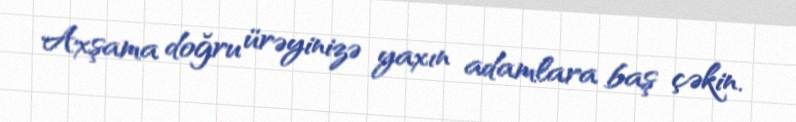
Axşama doğru ürəyinizə yaxın adamlara baş çəkin.